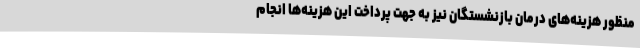
منظور هزینه‌های درمان بازنشستگان نیز به جهت پرداخت این هزینه‌ها انجام